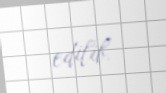
edilib.